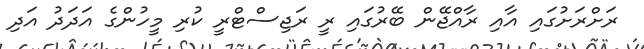
ރަށްރަށުގައި އާއި ރާއްޖޭން ބޭރުގައި ރީ ރަޖިސްޓްރީ ކުރި މީހުންގެ އަދަދު އަދި